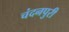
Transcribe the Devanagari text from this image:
चंदनपुरी